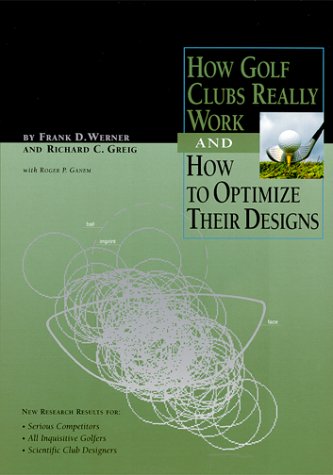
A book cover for How Golf Clubs Really Work and How to Optimize Their Design; Richard C. Grieg; Sports & Outdoors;